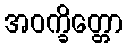
အဝက္ခိတ္တော